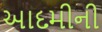
આદમીની